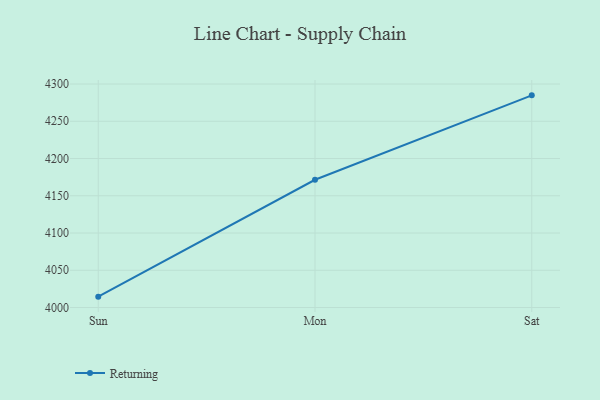
{"axis": {"x": "Day", "y": "Latency (ms)"}, "legend": ["Returning"], "data": [{"x": "Sun", "y": 4014.6, "type": "Returning"}, {"x": "Mon", "y": 4171.5, "type": "Returning"}, {"x": "Sat", "y": 4284.8, "type": "Returning"}]}